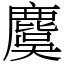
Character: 麌